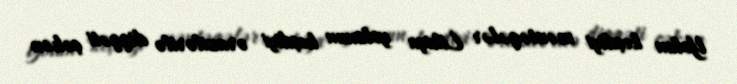
Yolun keçdiyi məntəqələr Likiya yolunun keçdiyi ərazilərdə diqqəti çəkən